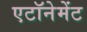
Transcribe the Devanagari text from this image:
एटॉनेमेंट